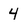
Character: 4